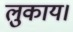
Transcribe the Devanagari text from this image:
लुकाय।